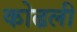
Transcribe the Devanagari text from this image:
कोढली